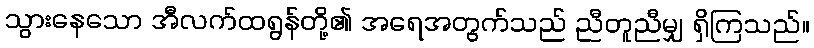
သွားနေသော အီလက်ထရွန်တို့၏ အရေအတွက်သည် ညီတူညီမျှ ရှိကြသည်။